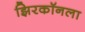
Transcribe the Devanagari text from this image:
झिरकॉनला